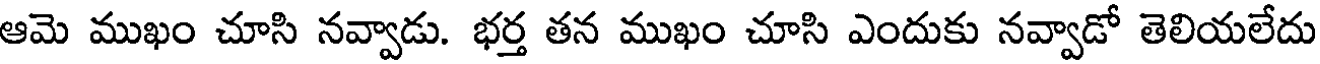
ఆమె ముఖం చూసి నవ్వాడు. భర్త తన ముఖం చూసి ఎందుకు నవ్వాడో తెలియలేదు